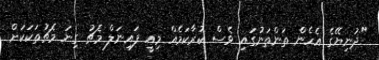
"ދުނިޔޭގެ އެހެން ތަންތަނުގައި ވެސް ކުރާކަމެއް މިއީ ފައިނަލް މެޗު ގިނަ މެޗުތަކަކަށް